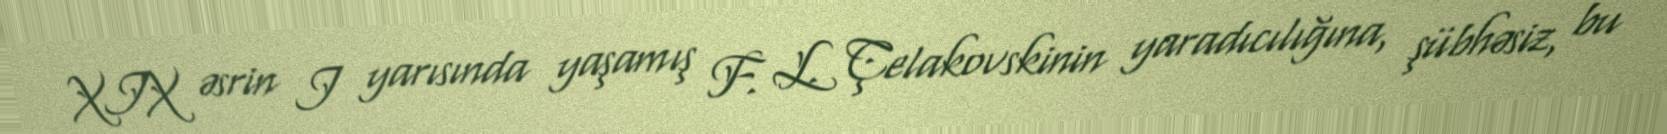
XIX əsrin I yarısında yaşamış F. L. Çelakovskinin yaradıcılığına, şübhəsiz, bu